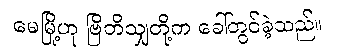
မေမြို့ဟု ဗြိတိသျှတို့က ခေါ်တွင်ခဲ့သည်။